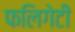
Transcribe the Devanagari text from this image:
फलिगेटी